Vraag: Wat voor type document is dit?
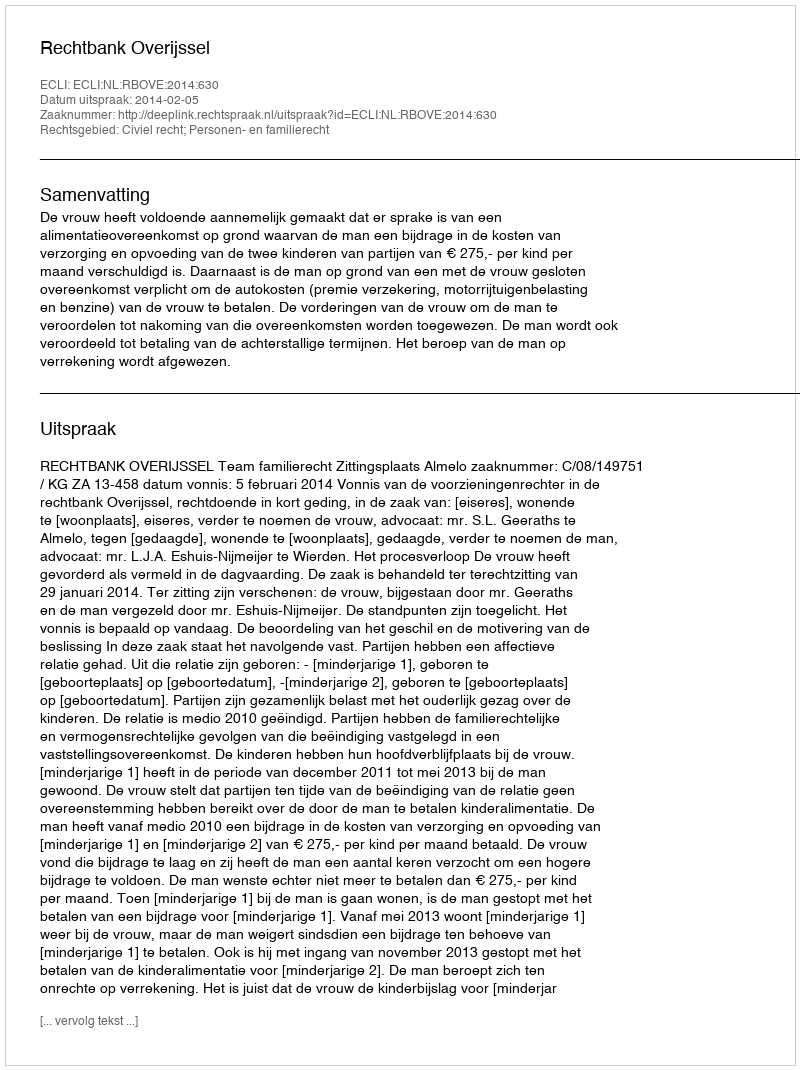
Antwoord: Uitspraak